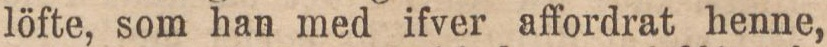
löfte, som han med ifver affordrat henne,